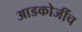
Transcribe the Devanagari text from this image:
आडकोजींच